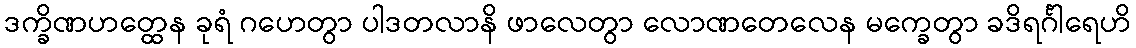
ဒက္ခိဏဟတ္ထေန ခုရံ ဂဟေတွာ ပါဒတလာနိ ဖာလေတွာ လောဏတေလေန မက္ခေတွာ ခဒိရင်္ဂါရေဟိ